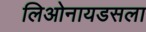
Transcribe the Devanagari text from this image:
लिओनायडसला